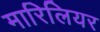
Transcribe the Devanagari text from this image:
मारिलियर